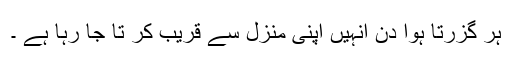
ہر گزرتا ہوا دن انہیں اپنی منزل سے قریب کر تا جا رہا ہے ۔